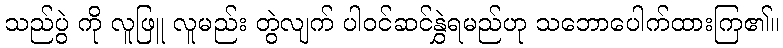
သည်ပွဲ ကို လူဖြူ လူမည်း တွဲလျက် ပါဝင်ဆင်နွှဲရမည်ဟု သဘောပေါက်ထားကြ၏။